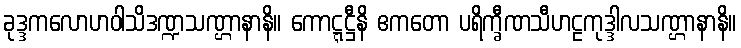
ခုဒ္ဒကလောဟဝါသိဒဏ္ဍသဏ္ဌာနာနိ။ ကောဋ္ဋဋ္ဌီနိ ဧကတော ပရိက္ခီဏသီဟဠကုဒ္ဒါလသဏ္ဌာနာနိ။